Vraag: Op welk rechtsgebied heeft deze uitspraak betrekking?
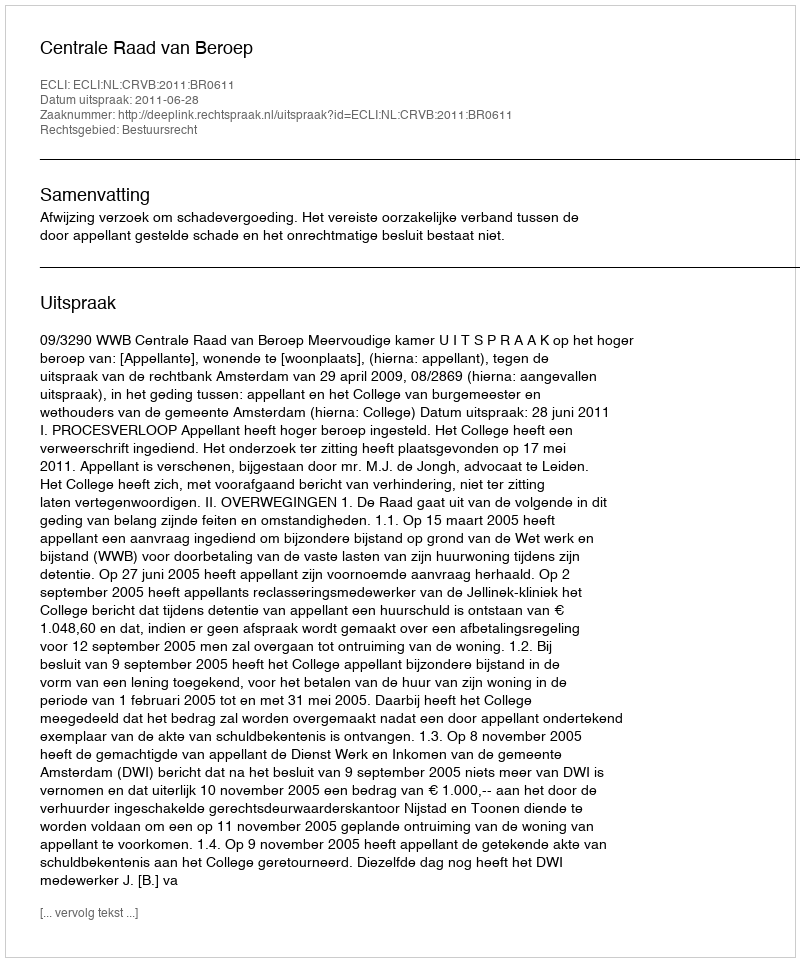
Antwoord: Bestuursrecht